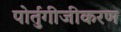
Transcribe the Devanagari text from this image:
पोर्तुगीजीकरण